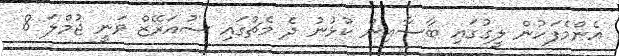
އެންމެފަހުން ލީގުގައި ބާސާއިން ކުޅުނު ދެ މެޗުގައި ސުއަރޭޒް ވަނީ ޖުމްލަ 8